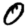
Digit: 0